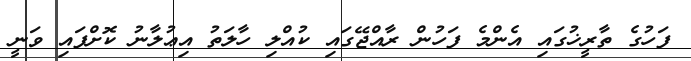
ފަހުގެ ތާރީޚުގައި އެންމެ ފަހުން ރާއްޖޭގައި ކުއްލި ހާލަތު އިޢުލާނު ކޮށްފައި ވަނީ